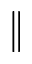
\Vert